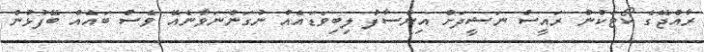
ރާއްޖޭގެ ކޯޓަކުން ރައީސް ނަޝީދަށް އިންސާފު ލިބިވަޑައެއް ނުގަންނަވާނެއޭ ވެސް ބައެއް ބޭފުޅުން